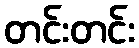
တင်းတင်း